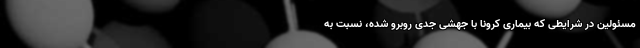
مسئولین در شرایطی که بیماری کرونا با جهشی جدی روبرو شده، نسبت به